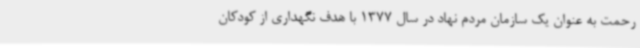
رحمت به عنوان یک سازمان مردم نهاد در سال 1377 با هدف نگهداری از کودکان